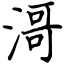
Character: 滒